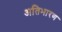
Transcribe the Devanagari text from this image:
अतिभारण